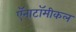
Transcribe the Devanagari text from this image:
ऍनाटॉमीकल